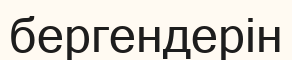
бергендерін